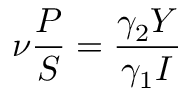
\nu \frac { P } { S } = \frac { \gamma _ { 2 } Y } { \gamma _ { 1 } I }